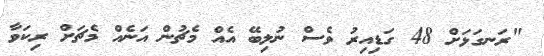
"ރަނގަޅަށް 48 ގަޑިއިރު ވެސް ނުލިބޭ އެއް މެޗުން އަނެއް މެޗަށް ރިކަވާ